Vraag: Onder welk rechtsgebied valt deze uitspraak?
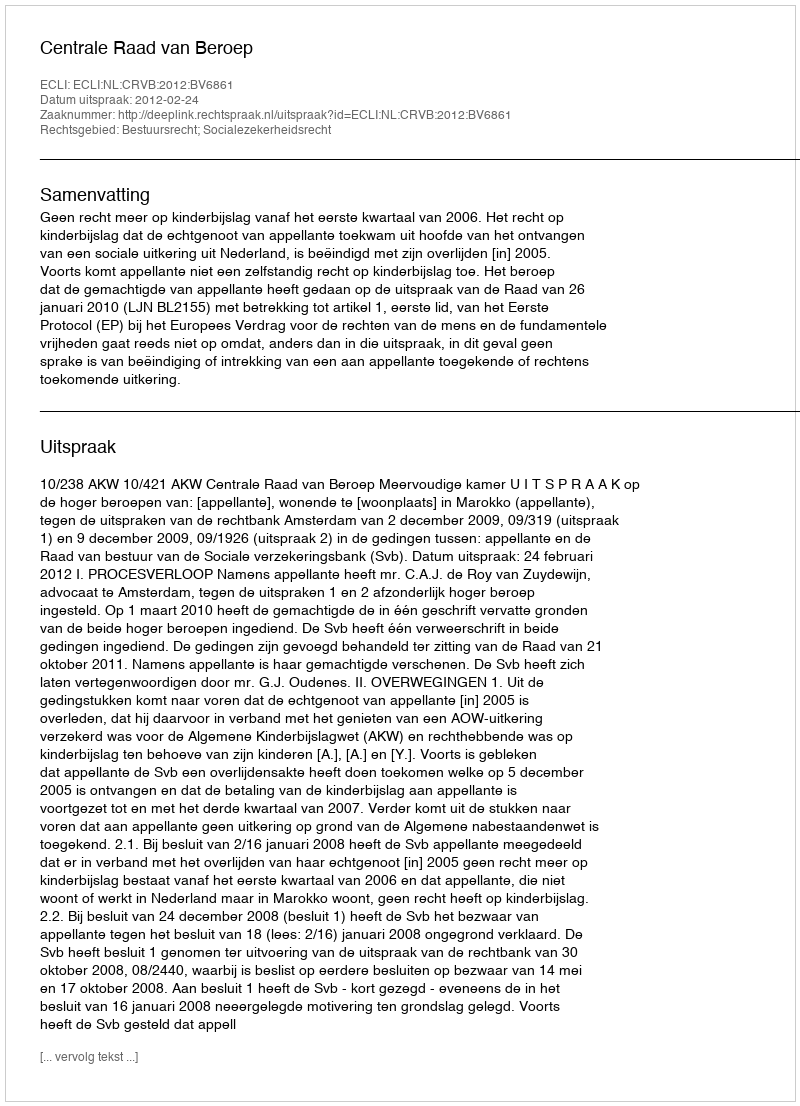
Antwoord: Bestuursrecht; Socialezekerheidsrecht